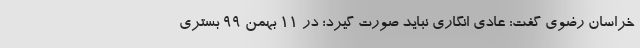
خراسان رضوی گفت: عادی انگاری نباید صورت گیرد؛ در ۱۱ بهمن ۹۹ بستری